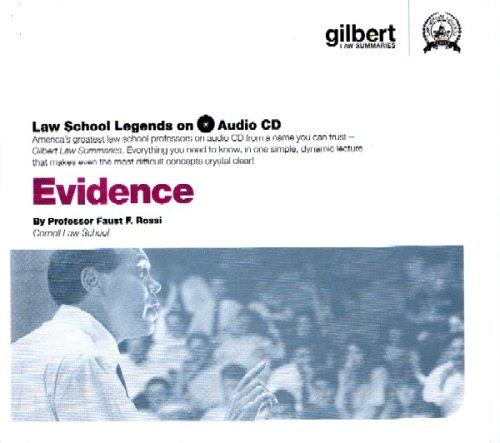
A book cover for Evidence (Law School Legends Audio Series); Faust Rossi; Law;